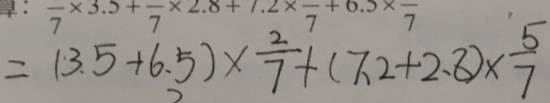
= ( 3 . 5 + 6 . 5 ) \times \frac { 2 } { 7 } + ( 7 . 2 + 2 . 8 ) \times \frac { 5 } { 7 }